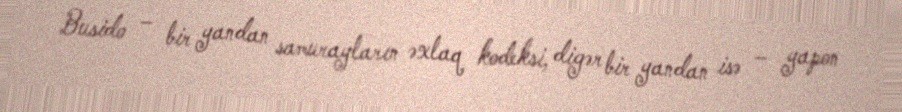
Busido – bir yandan samurayların əxlaq kodeksi, digər bir yandan isə – yapon